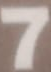
7